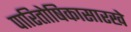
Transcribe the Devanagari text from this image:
पारितोषिकासारखे